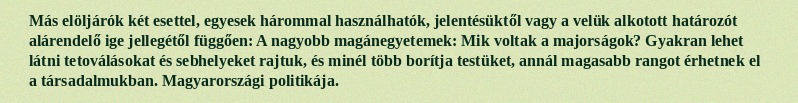
Más elöljárók két esettel, egyesek hárommal használhatók, jelentésüktől vagy a velük alkotott határozót alárendelő ige jellegétől függően: A nagyobb magánegyetemek: Mik voltak a majorságok? Gyakran lehet látni tetoválásokat és sebhelyeket rajtuk, és minél több borítja testüket, annál magasabb rangot érhetnek el a társadalmukban. Magyarországi politikája.